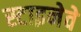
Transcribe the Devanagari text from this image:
स्टाइनेवे